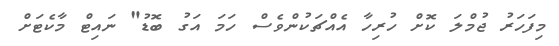
މިފަހަރު ޖުމްލަ ކޮށް ހުރިހާ އެއްޗަކުންވެސް ހަމަ އަގު ބޮޑު" ނައިޓް މާކެޓަށް